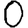
Digit: 0